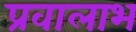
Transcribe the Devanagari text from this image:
प्रवालाभ